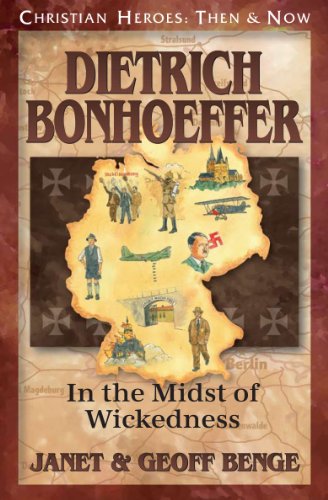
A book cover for Dietrich Bonhoeffer: In the Midst of Wickedness (Christian Heroes: Then & Now); Janet Benge; Children's Books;